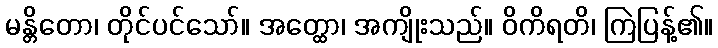
မန္တိတော၊ တိုင်ပင်သော်။ အတ္ထော၊ အကျိုးသည်။ ဝိကိရတိ၊ ကြဲပြန့်၏။